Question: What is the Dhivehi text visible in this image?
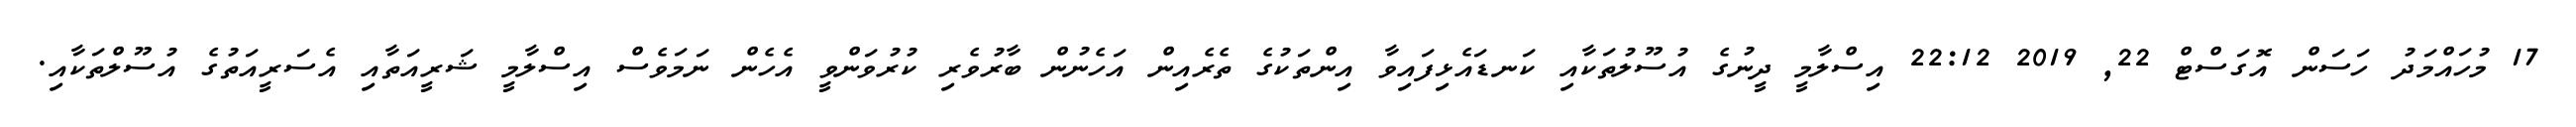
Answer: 17 މުހައްމަދު ހަސަން އޮގަސްޓް 22, 2019 22:12 އިސްލާމީ ދީނުގެ އުސޫލުތަކާއި ކަނޑައެޅިފައިވާ އިންތަކުގެ ތެރެއިން އަހެނުން ބާރުވެރި ކުރުވަންވީ އެހެން ނަމަވެސް އިސްލާމީ ޝަރީއަތާއި އެސަރީއަތުގެ އުސޫލްތަކާއި.